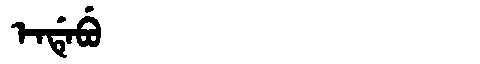
Manchu: ᡝᠨᡩᡝᠪᡠ
Romanization: ENDEBU